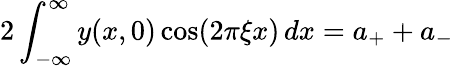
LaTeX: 2\int_{-\infty}^{\infty}y(x,0)\cos(2\pi\xi x)\, dx=a_{+}+a_{-}